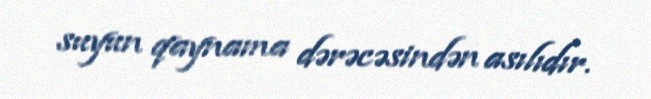
suyun qaynama dərəcəsindən asılıdır.